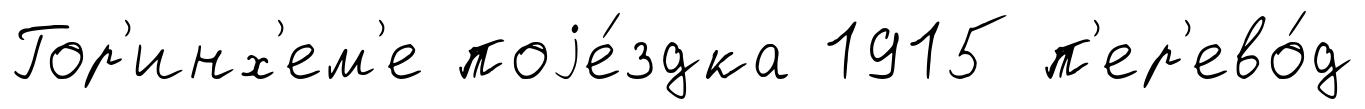
Гор'инх'ем'е поjе́здка 1915 п'ер'ево́д